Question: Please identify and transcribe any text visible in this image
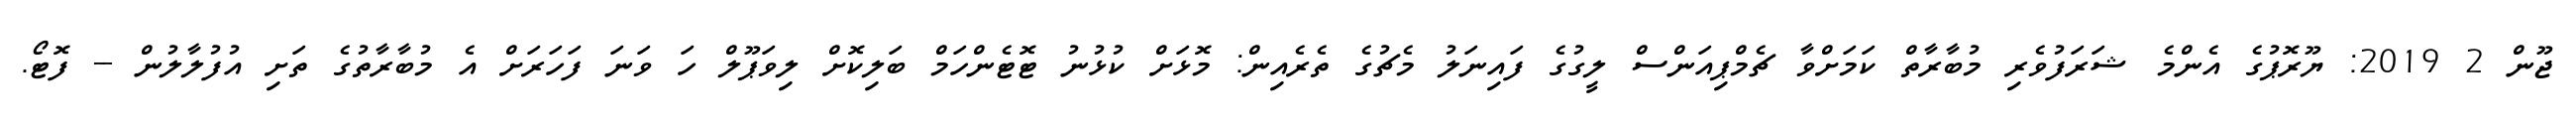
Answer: ޖޫން 2 2019: ޔޫރޮޕުގެ އެންމެ ޝަރަފުވެރި މުބާރާތް ކަމަށްވާ ޗެމްޕިއަންސް ލީގުގެ ފައިނަލު މެޗުގެ ތެރެއިން: މޮޅަށް ކުޅުނު ޓޮޓެންހަމް ބަލިކޮށް ލިވަޕޫލް ހަ ވަނަ ފަހަރަށް އެ މުބާރާތުގެ ތަށި އުފުލާލުން -- ފޮޓޯ.